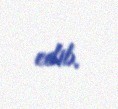
edib.